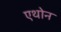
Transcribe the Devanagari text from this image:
एथोन